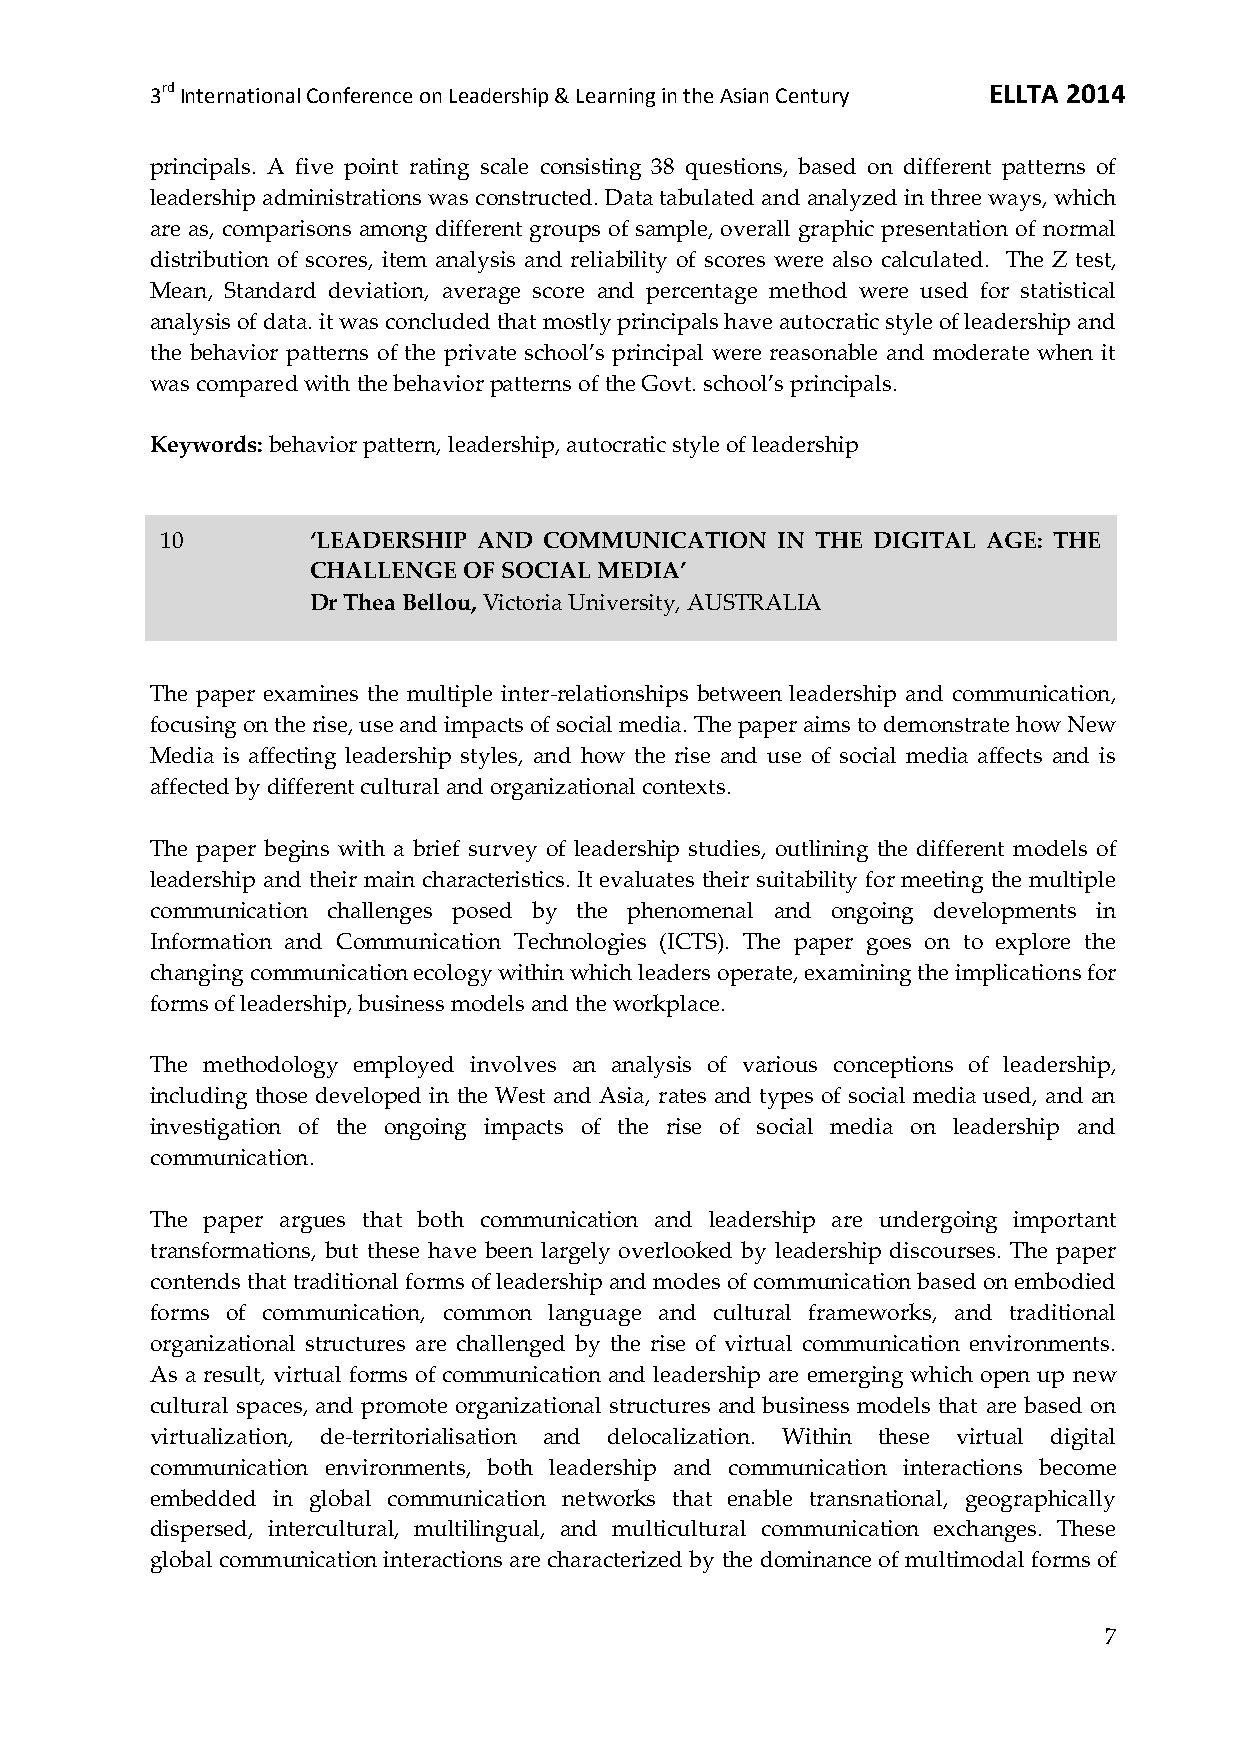
3rd International Conference on Leadership & Learning in the Asian Century ELLTA 2014
 principals. A five point rating scale consisting 38 questions, based on different patterns of
 leadership administrations was constructed. Data tabulated and analyzed in three ways, which
 are as, comparisons among different groups of sample, overall graphic presentation of normal
 distribution of scores, item analysis and reliability of scores were also calculated. The Z test,
 Mean, Standard deviation, average score and percentage method were used for statistical
 analysis of data. it was concluded that mostly principals have autocratic style of leadership and
 the behavior patterns of the private school’s principal were reasonable and moderate when it
 was compared with the behavior patterns of the Govt. school’s principals.
 Keywords: behavior pattern, leadership, autocratic style of leadership
 10        ‘LEADERSHIP AND COMMUNICATION IN THE DIGITAL AGE: THE
 CHALLENGE OF SOCIAL MEDIA’
 Dr Thea Bellou, Victoria University, AUSTRALIA
 The paper examines the multiple inter-relationships between leadership and communication,
 focusing on the rise, use and impacts of social media. The paper aims to demonstrate how New
 Media is affecting leadership styles, and how the rise and use of social media affects and is
 affected by different cultural and organizational contexts.
 The paper begins with a brief survey of leadership studies, outlining the different models of
 leadership and their main characteristics. It evaluates their suitability for meeting the multiple
 communication challenges posed by the phenomenal and ongoing developments in
 Information and Communication Technologies (ICTS). The paper goes on to explore the
 changing communication ecology within which leaders operate, examining the implications for
 forms of leadership, business models and the workplace.
 The methodology employed involves an analysis of various conceptions of leadership,
 including those developed in the West and Asia, rates and types of social media used, and an
 investigation of the ongoing impacts of the rise of social media on leadership and
 communication.
 The paper argues that both communication and leadership are undergoing important
 transformations, but these have been largely overlooked by leadership discourses. The paper
 contends that traditional forms of leadership and modes of communication based on embodied
 forms of communication, common language and cultural frameworks, and traditional
 organizational structures are challenged by the rise of virtual communication environments.
 As a result, virtual forms of communication and leadership are emerging which open up new
 cultural spaces, and promote organizational structures and business models that are based on
 virtualization, de-territorialisation and delocalization. Within these virtual digital
 communication environments, both leadership and communication interactions become
 embedded in global communication networks that enable transnational, geographically
 dispersed, intercultural, multilingual, and multicultural communication exchanges. These
 global communication interactions are characterized by the dominance of multimodal forms of
 7